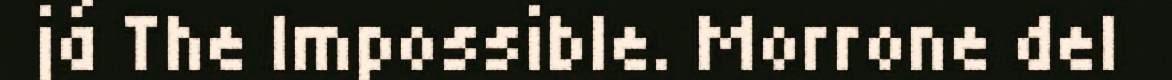
já The Impossible. Morrone del